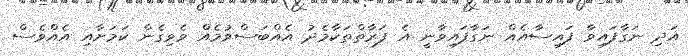
އަދި ނަގާފައިވާ ފައިސާއެއް ނަގާފައިވާނީ އެ ފަރާތްތަކާމެދު އެއްބަސްވުމެއް ވެވިގެން ކަމަށާއި އެއްވެސް